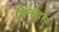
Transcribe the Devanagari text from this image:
ल्लिनोइस